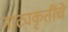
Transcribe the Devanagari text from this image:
नाट्यकृतींचे